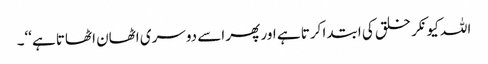
اللہ کیونکر خلق کی ابتدا کرتا ہے اور پھر اسے دوسری اٹھان اٹھاتا ہے‘‘۔